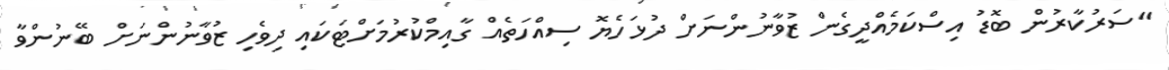
"ސަރުކާރުން ބޮޑު އިސްކަމެއްދީގެން ޒުވާނުންނަށް ދުޅަހެޔޮ ސިއްހަތެއް ގާއިމްކުރުމަށްޓަކައި ދިވެހި ޒުވާނުންނަށް ބޭނުންވާ